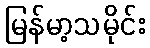
မြန်မာ့သမိုင်း